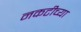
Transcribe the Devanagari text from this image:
नकटीच्या